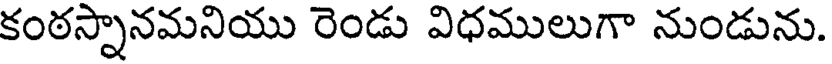
కంఠస్నానమనియు రెండు విధములుగా నుండును.